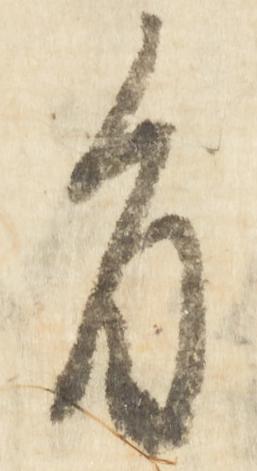
旨